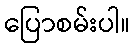
ပြောစမ်းပါ။